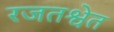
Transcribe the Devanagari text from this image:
रजतश्वेत